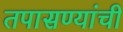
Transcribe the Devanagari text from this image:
तपासण्यांची